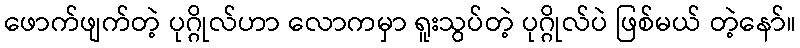
ဖောက်ဖျက်တဲ့ ပုဂ္ဂိုလ်ဟာ လောကမှာ ရူးသွပ်တဲ့ ပုဂ္ဂိုလ်ပဲ ဖြစ်မယ် တဲ့နော်။